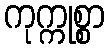
ကုက္ကုစ္စာ